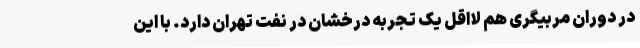
در دوران مربیگری هم لااقل یک تجربه درخشان در نفت تهران دارد. با این